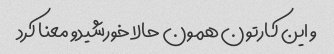
و این کارتون همون حالا خورشیدو معنا کرد